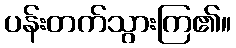
ပန်းတက်သွားကြ၏။